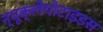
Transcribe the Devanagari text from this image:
न्यूक्लेयोटाइडस